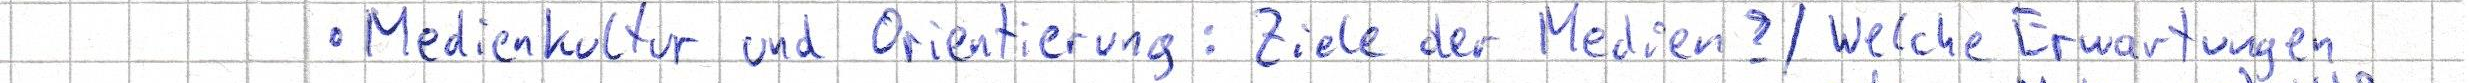
- Medienkultur und Orientierung: Ziele der Medien? / Welche Erwartungen